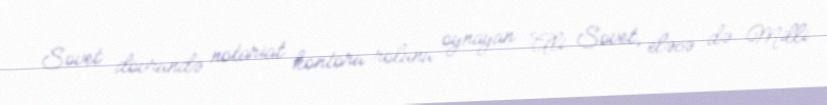
Sovet dövründə notariat kontoru rolunu oynayan Ali Sovet, eləcə də Milli